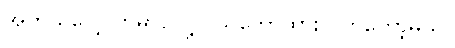
အတုယူလေ့လာမှာပဲလို့ပဲ သဘောထားလိုက်တော့မယ်။